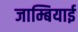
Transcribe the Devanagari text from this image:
जाम्बियाई